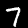
Label: 7